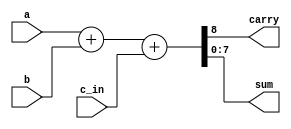
module scalable_size_adder (a, b, c_in, carry, sum);
     parameter N = 8;     // To make a, b and sum the size we want easily (here 8-bits)

     input [N-1:0] a, b;
     input c_in;
     output [N-1:0] sum;
     output carry;

     // Concatenate to use one assign!
     assign {carry, sum} = a + b + c_in;

endmodule